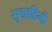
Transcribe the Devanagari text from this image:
सुग्राहिनी